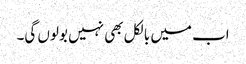
اب میں بالکل بھی نہیں بولوں گی۔